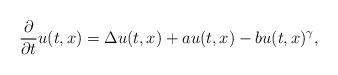
LaTeX: \begin{align*} \frac{\partial }{\partial t} u(t,x) = \Delta u(t,x) + a u(t,x) - bu(t,x)^\gamma,\end{align*}